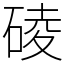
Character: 碐